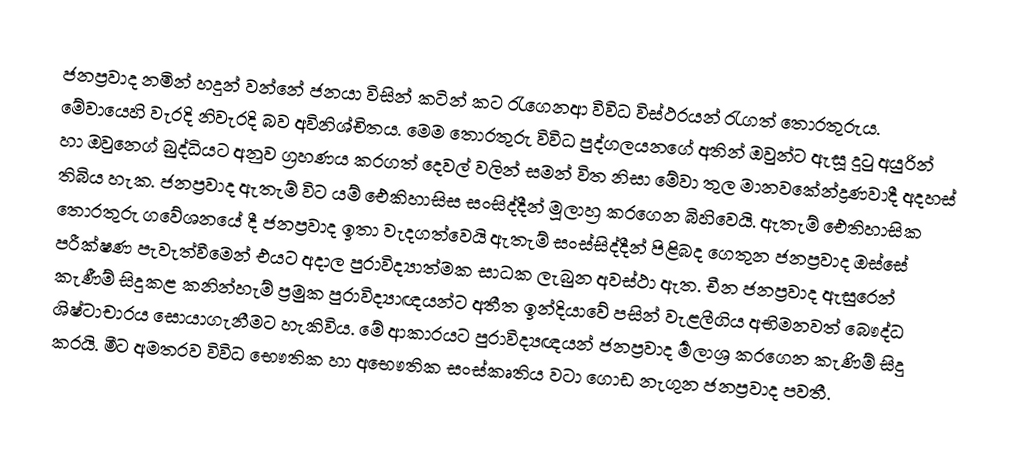
ජනප්‍රවාද නමින් හදුන් වන්නේ ජනයා විසින් කටින් කට රැගෙනආ විවිධ විස්ථරයන් රැගත් තොරතුරුය. මේවායෙහි වැරදි නිවැරදි බව අවිනිශ්චිතය. මෙම තොරතුරු විවිධ පුද්ගලයනගේ අතින් ඔවුන්ට ඇසූ දුටු අයුරින් හා ඔවුනෙග් බුද්ධියට අනුව ග්‍රහණය කරගත් දෙවල් වලින් සමන් විත නිසා මේවා තුල මානවකේන්ද්‍රණවාදී අදහස් තිබිය හැක. ජනප්‍රවාද ඇතැම් විට යම් ඓකිහාසිස සංසිද්දීන් මූලාහ්‍ර කරගෙන බිහිවෙයි. ඇතැම් ඓතිහාසික තොරතුරු ගවේශනයේ දී ජනප්‍රවාද ඉතා වැදගත්වෙයි ඇතැම් සංස්සිද්දීන් පිළිබද ගෙතුන ජනප්‍රවාද ඔස්සේ පරීක්ෂණ පැවැත්වීමෙන් එයට අදාල පුරාවිද්‍යාත්මක සාධක ලැබුන අවස්ථා ඇත. චීන ජනප්‍රවාද ඇසුරෙන් කැණීම් සිදුකළ කනින්හැම් ප්‍රමුක පුරාවිද්‍යාඥයන්ට අතීත ඉන්දියාවේ පසින් වැළලීගිය අභිමනවත් බෞද්ධ ශිෂ්ටාචාරය සොයාගැනීමට හැකිවිය. මේ ආකාරයට පුරාවිද්‍යඥයන් ජනප්‍රවාද ර්‍මලාශ්‍ර කරගෙන කැණිම් සිදු කරයි. මීට අමතරව විවිධ භෞතික හා අභෞතික සංස්කෘතිය වටා ගොඩ නැගුන ජනප්‍රවාද පවතී.